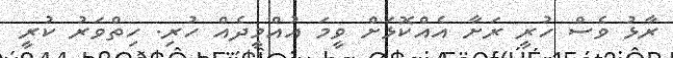
ރާޅު ވެސް ހުރީ ރަށާ އެއްކޮޅަށް ވީމަ އުއްމީދެއް ހުރި. ހިތްވަރު ކުރީ